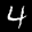
Label: 4